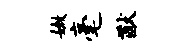
嫩毫猷